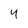
Character: 4